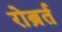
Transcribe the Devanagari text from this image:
रोब्रर्त